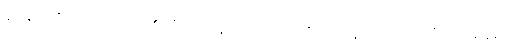
ရုပ်နာမ်ရှိသော ပုဂ္ဂိုလ်၏။ ဝိပဿနာပရိဝါသေ၊ ဝိပဿနာကို ကျင့်သုံးရာအခါ၌။